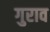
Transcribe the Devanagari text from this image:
गुराव